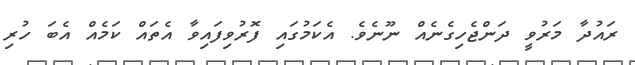
ރައުދާ މަރުވީ ދަންޖެހިގެނެއް ނޫނެވެ. އެކަމުގައި ފޮރުވިފައިވާ އެތައް ކަމެއް އެބަ ހުރި